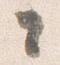
々